Burma Government Medical School reports 1923-41
Year: 1923
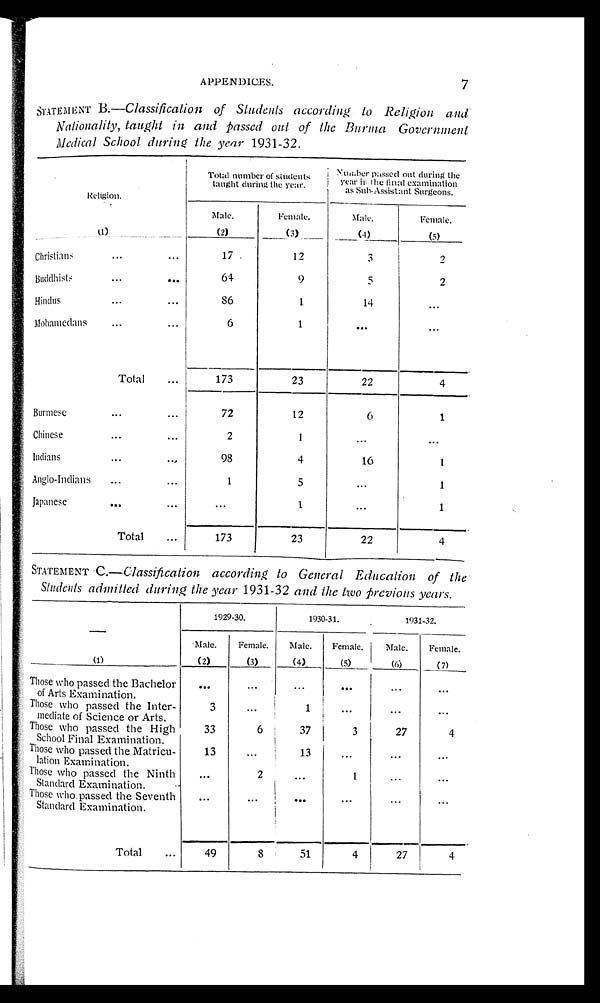
APPENDICES.
7
STATEMENT B. —Classification of Students according to Religion and
Nationality, taught in and Passed out of the Burma Government
Medical School during the year 1931-32.
Religion.
(1)
Total number of students
taught during the year.
Number passed out during the
year in the final examination
as Sub-Assistant Surgeons.
Male.
(2)
Female.
(3)
Male.
( 4 )
Female.
(5)
Christians
17
1 2
3
2
B u d d h i s t s
64
9
5 2
Hindus
86
1
14
...
Mohamedans
6
1
. . .
. . .
Total
173
23
22
4
Burmese
72
12
6
1
Chinese
2
1
. . .
. . .
Indians
98
4
16
1
Anglo-Indians
1
5
...
1
Japanese
. . . 1
...
1
Total
173
23
22
4
STATEMENT C. —Classification according to General Education of the
Students admitted during the year 1931-32 and the two previous years.
—
(1)
1929-30.
1930-31.
1931-32.
Male.
(2)
Female.
(3)
Male.
(4)
Female.
(5)
Male.
(6)
Female.
(7)
Those who passed the Bachelor
of Arts Examination.
...
. . .
. . .
. . .
. . .
. . .
Those who passed the Inter-
mediate of Science or Arts.
3
...
1
...
...
...
Those who passed the High
School Final Examination.
33
6
37
3
2 7 4
Those who passed the Matricu-
lation Examination.
13
...
13
...
...
...
Those who passed the Ninth
Standard Examination.
...
2
...
1
. . .
. . .
Those who passed the Seventh
Standard Examination.
...
...
. . .
. . .
. . .
. . .
Total
49
8
51
4
27
4